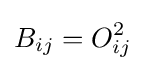
B_{ij}=O_{ij}^{2}